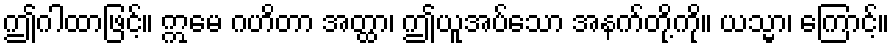
ဤဂါထာဖြင့်။ ဣမေ ဂဟိတာ အတ္ထာ၊ ဤယူအပ်သော အနက်တို့ကို။ ယသ္မာ၊ ကြောင့်။